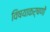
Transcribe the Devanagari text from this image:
विषयाकर्षणों